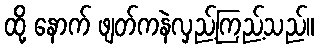
ထို့ နောက် ဖျတ်ကနဲလှည့်ကြည့်သည်။